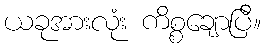
ယခုအားလုံး ကိစ္စချောပြီ။